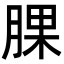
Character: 腂